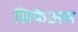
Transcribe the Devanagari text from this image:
सिफेअस